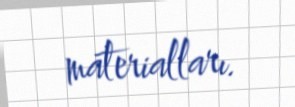
materialları.